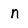
Character: n